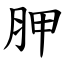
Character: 胛